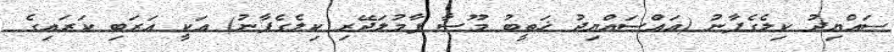
ސައްޔިދު ކިލެގެފާނު (އައްސައްޔިދު ޚަޠީބު މޫސާ ފާމުލަދޭރި ކިލެގެފާނު) އަކީ ޢަރަބި ކަރައިގެ